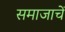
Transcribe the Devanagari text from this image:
समाजाचें